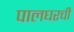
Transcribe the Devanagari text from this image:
पालघरची